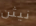
نيثن